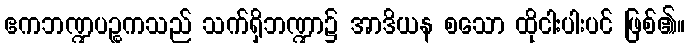
ဧကဘဏ္ဍပဉ္စကသည် သက်ရှိဘဏ္ဍာ၌ အာဒိယန စသော ထိုငါးပါးပင် ဖြစ်၏။